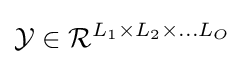
{\mathcal {Y}}\in {\mathcal {R}}^{L_{1}\times L_{2}\times \ldots L_{O}}